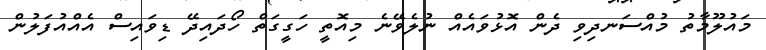
މައުލޫމާތު މުއްސަނދިވި ދެން އޮޅުވައެއް ނުލެވޭނެ މިއޮތީ ހަގީގަތް ހޯދައިދޭ ޑިވައިސް އެއްއުފަލުން